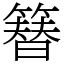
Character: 簮